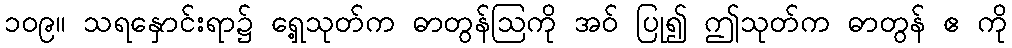
၁၀၉။ သရနှောင်းရာ၌ ရှေ့သုတ်က ဓာတွန်ဩကို အဝ် ပြု၍ ဤသုတ်က ဓာတွန် ဧ ကို